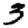
Digit: 3